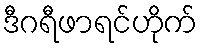
ဒီဂရီဖာရင်ဟိုက်